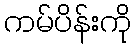
ကမ်ပိန်းကို